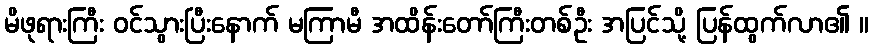
မိဖုရားကြီး ဝင်သွားပြီးနောက် မကြာမီ အထိန်းတော်ကြီးတစ်ဦး အပြင်သို့ ပြန်ထွက်လာ၏ ။